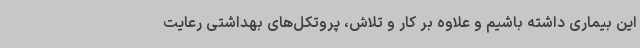
این بیماری داشته باشیم و علاوه بر کار و تلاش، پروتکل‌های بهداشتی رعایت